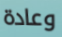
وعادة